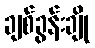
ချစ်ခွန်းချို